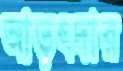
আড়ৎদার